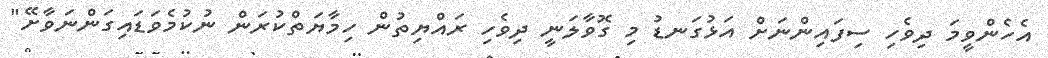
އެހެންވީމަ ދިވެހި ސިފައިންނަށް އަޅުގަނޑު މި ގޮވާލަނީ ދިވެހި ރައްޔިތުން ހިމާޔަތްކުރަން ނުކުމެވަޑައިގަންނަވާށޭ"